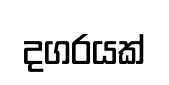
දගරයක්